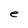
Character: e